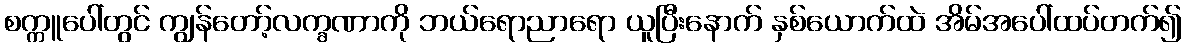
စက္ကူပေါ်တွင် ကျွန်တော့်လက္ခဏာကို ဘယ်ရောညာရော ယူပြီးနောက် နှစ်ယောက်ထဲ အိမ်အပေါ်ထပ်တက်၍